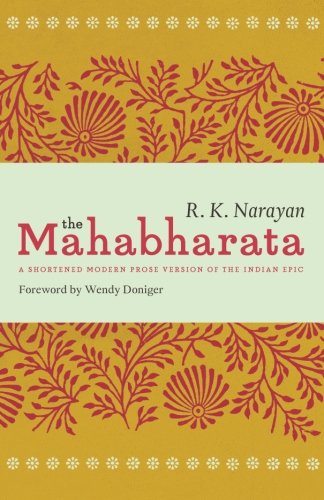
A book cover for The Mahabharata: A Shortened Modern Prose Version of the Indian Epic; R. K. Narayan; Literature & Fiction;